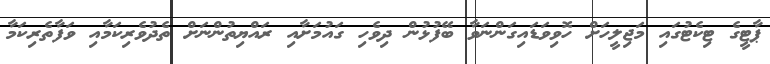
ޕާޓީގެ ޓިކެޓުގައި މަޖިލީހަށް ހޮވިވަޑައިގަންނަވާ ބޭފުޅުން ދިވެހި ގައުމަށާއި ރައްޔިތުންނަށް ތެދުވެރިކަމާއި ވަފާތެރިކަމާ